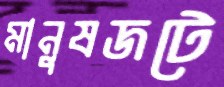
মানুষজটে